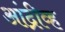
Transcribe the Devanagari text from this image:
आंद्रीव्ह